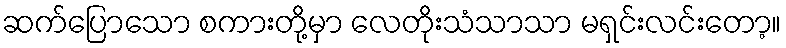
ဆက်ပြောသော စကားတို့မှာ လေတိုးသံသာသာ မရှင်းလင်းတော့။